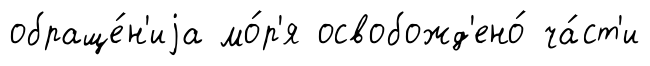
обраще́н'иjа мо́р'я освобожд'ено́ ча́ст'и